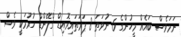
ނަމަވެސް ބައެއް މީހުންގެ 6 ނުވަތަ 8 ޕަރަތައިރޮއިޑް ގްލޭންޑް ހުރުމަކީ ވެސް